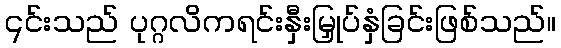
၎င်းသည် ပုဂ္ဂလိကရင်းနှီးမြှုပ်နှံခြင်းဖြစ်သည်။